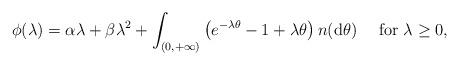
LaTeX: \begin{align*}\phi(\lambda)=\alpha\lambda+\beta\lambda^{2}+\int_{(0,+\infty)}\left(e^{-\lambda \theta}-1+\lambda \theta\right)n({\rm d}\theta)\quad\mbox{ for }\lambda\ge 0,\end{align*}